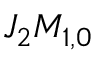
J _ { 2 } M _ { 1 , 0 }